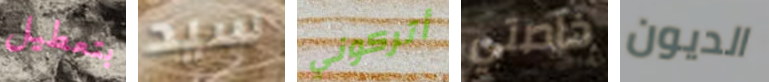
بتعطيل سيد أتركوني خاصتي الديون